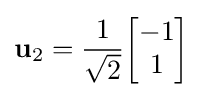
\mathbf {u} _{2}={\frac {1}{\sqrt {2}}}{\begin{bmatrix}-1\\1\end{bmatrix}}